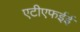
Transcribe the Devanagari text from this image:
एटीएफईई